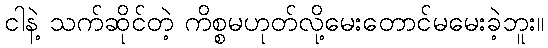
ငါနဲ့ သက်ဆိုင်တဲ့ ကိစ္စမဟုတ်လို့မေးတောင်မမေးခဲ့ဘူး။